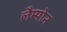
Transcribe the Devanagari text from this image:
लैम्पोन